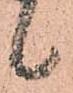
候